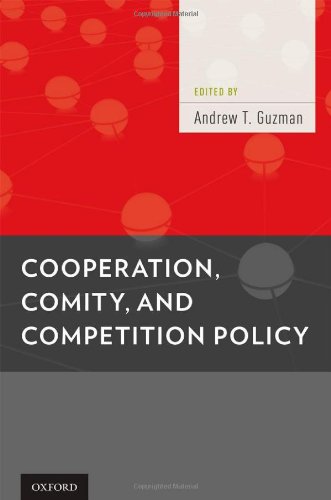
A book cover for Cooperation, Comity, and Competition Policy; Law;